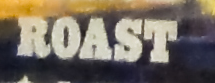
ROAST